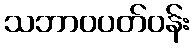
သဘာဝပတ်ဝန်း